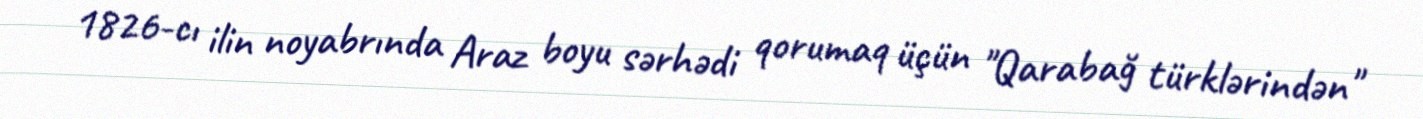
1826-cı ilin noyabrında Araz boyu sərhədi qorumaq üçün "Qarabağ türklərindən"